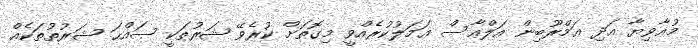
މުޢާވިޔާ އަދި ޢަމްރޫބިން އަލްޢާސް ޢަމަލުކުރެއްވީ މިގޮތަށް ކުރެވޭ ޝަރުޠަކީ ޞައްޙަ ޝަރުތުތަކެއް